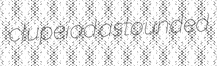
clupeiod astounded